Vaccination in Burma 1889-1999 - 1889-1999
Year: 1889
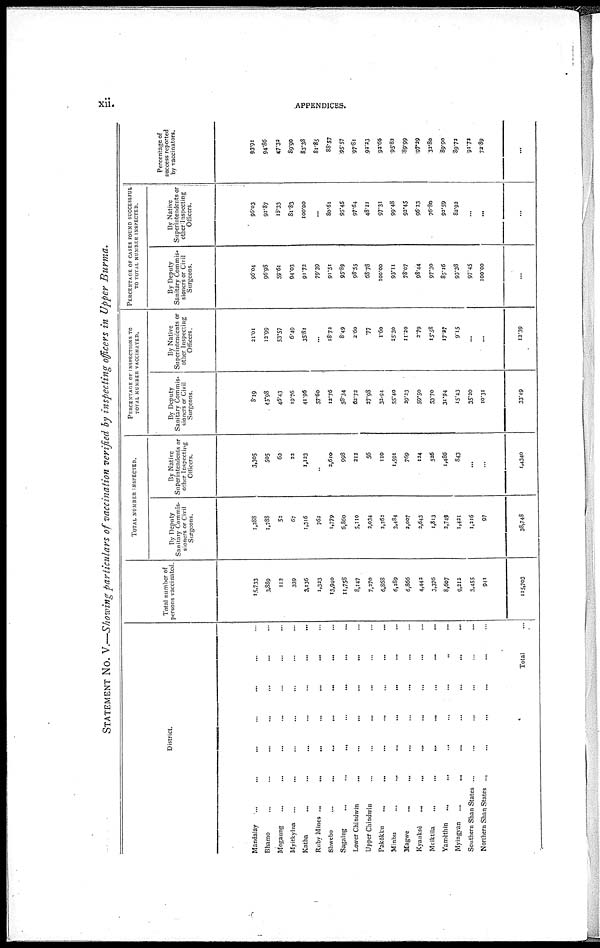
xii.
APPENDICES.
STATEMENT No. V.—Showing particulars of vaccination verified by inspecting officers in Upper Burma.
District.
Mandalay ... ... ... ... ... ... ...
Bhamo ... ... ... ... ... ... ...
Mogaung ... ... ... ... ... ... ...
Myitkyina ... ... ... ... ... ... ...
Katha ... ... ... ... ... ... ...
Ruby Mines
...
...
...
...
...
...
...
Shwebo
...
...
...
...
...
...
...
Sagaing ... ... ... ... ... ... ...
Lower Chindwin ... ... ... ... ... ... ...
Upper Chindwin ... ... ... ... ... ... ...
Pakôkku ... ... ... ... ... ... ...
Minbu ... ... ... ... ... ... ...
Magwe ... ... ... ... ... ... ...
Kyauksè
...
...
...
...
...
...
...
Meiktila
...
...
...
...
...
...
...
Yamèthin
...
...
...
...
...
...
...
Myingyan
...
...
...
...
...
...
...
Southern Shan States ... ... ... ... ...
Northern Shan States ... ... ... ... ...
Total ...
Total number of
persons vaccinated.
15,733
3,889
112
339
3,136
1,323
13,940
11,758
8,147
7,270
6,868
6,289
6,866
4,442
3,376
8,607
9,212
3,455
941
115,703
TOTAL NUMBER INSPECTED.
By Deputy
Sanitary Commis-
sioners or Civil
Surgeons.
1,288
1,788
52
67
1,316
762
1,779
6,860
5,110
2,034
2,262
3,484
2,007
2,643
1,813
3,749
1,421
1,216
97
38,748
By Native
Superintendents or
other Inspecting
Officers.
3,305
505
60
22
1,123
...
2,610
998
212
56
110
1,591
769
124
526
1,486
843
...
...
1,4340
PERCENTAGE OF INSPECTIONS TO
TOTAL NUMBER VACCINATED.
By Deputy
Sanitary Commis-
sioners or Civil
Surgeons.
8.19
45.98
46.43
19.76
41.96
57.60
12.76
58.34
62.72
27.98
32.94
55.40
29.23
59.50
53.70
31.94
15.43
35.20
10.31
33.49
By Native
Superintendents or
other Inspecting
Officers.
21.01
12.99
53.57
6.49
35.81
...
18.72
8.49
2.60
.77
1.60
25.30
11.20
2.79
15.58
17.27
9.15
...
...
12.39
PERCENTAGE OF CASES FOUND SUCCESSFUL
TO TOTAL NUMBER INSPECTED.
By Deputy
Sanitary Commis-
sioners or Civil
Surgeons.
96.04
96.98
59.61
94.03
91.72
79.39
91.51
95.89
98.55
68.78
100.00
93.11
78.07
98.44
97.30
85.16
93.38
97.45
100.00
...
By Native
Superintendents or
other inspecting
Officers.
96.03
91.87
18.33
81.83
100.00
...
80.61
95.45
97.64
48.21
97.31
99.48
92.45
96.23
76.80
92.59
82.92
...
...
...
Percentage of
success reported
by vaccinators.
93.91
94.86
47.32
89.90
83.38
81.85
88.57
95.57
97.81
52.23
92.66
95.82
89.99
97.39
32.80
89.90
89.72
91.72
72.89
...